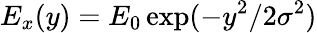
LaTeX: E_{x}(y)=E_{0}\exp(-y^{2}/2\sigma^{2})